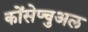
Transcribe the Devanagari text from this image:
कोंसेप्चुअल